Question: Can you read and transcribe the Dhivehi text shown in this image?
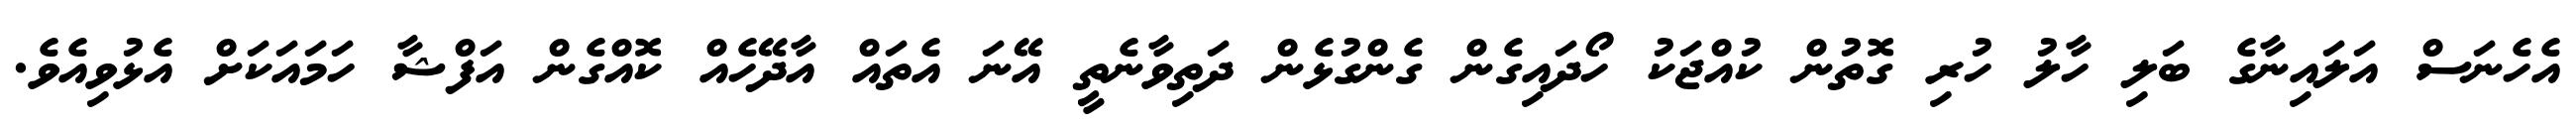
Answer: އެހެނަސް އަލައިނާގެ ބަލި ހާލު ހުރި ގޮތުން ކުއްޖަކު ހޯދައިގެން ގެންގުޅެން ދަތިވާނެތީ އޭނަ އެތައް އާދޭހެއް ކޮއްގެން އަފްޝާ ހަމައަކަށް އެޅުވިއެވެ.